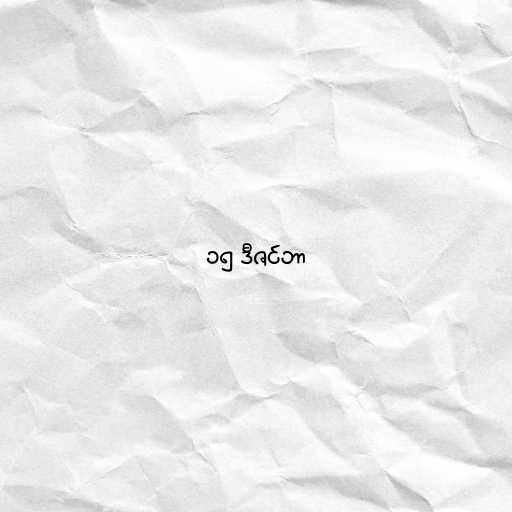
၁၅ ဒီဇင်ဘာ